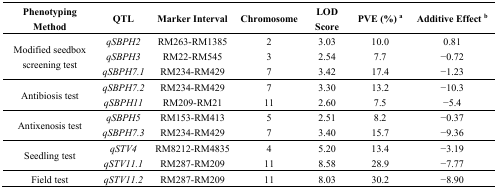
<table><thead><tr><td><b>Phenotyping Method</b></td><td><b>QTL</b></td><td><b>Marker Interval</b></td><td><b>Chromosome</b></td><td><b>LOD Score</b></td><td><b>PVE (%) a</b></td><td><b>Additive Effect b</b></td></tr></thead><tbody><tr><td rowspan="3">Modified seedbox screening test</td><td><i>qSBPH2</i></td><td>RM263-RM1385</td><td>2</td><td>3.03</td><td>10.0</td><td>0.81</td></tr><tr><td><i>qSBPH3</i></td><td>RM22-RM545</td><td>3</td><td>2.54</td><td>7.7</td><td>−0.72</td></tr><tr><td><i>qSBPH7.1</i></td><td>RM234-RM429</td><td>7</td><td>3.42</td><td>17.4</td><td>−1.23</td></tr><tr><td rowspan="2">Antibiosis test</td><td><i>qSBPH7.2</i></td><td>RM234-RM429</td><td>7</td><td>3.30</td><td>13.2</td><td>−10.3</td></tr><tr><td><i>qSBPH11</i></td><td>RM209-RM21</td><td>11</td><td>2.60</td><td>7.5</td><td>−5.4</td></tr><tr><td rowspan="2">Antixenosis test</td><td><i>qSBPH5</i></td><td>RM153-RM413</td><td>5</td><td>2.51</td><td>8.2</td><td>−0.37</td></tr><tr><td><i>qSBPH7.3</i></td><td>RM234-RM429</td><td>7</td><td>3.40</td><td>15.7</td><td>−9.36</td></tr><tr><td rowspan="2">Seedling test</td><td><i>qSTV4</i></td><td>RM8212-RM4835</td><td>4</td><td>5.20</td><td>13.4</td><td>−3.19</td></tr><tr><td><i>qSTV11.1</i></td><td>RM287-RM209</td><td>11</td><td>8.58</td><td>28.9</td><td>−7.77</td></tr><tr><td>Field test</td><td><i>qSTV11.2</i></td><td>RM287-RM209</td><td>11</td><td>8.03</td><td>30.2</td><td>−8.90</td></tr></tbody></table>